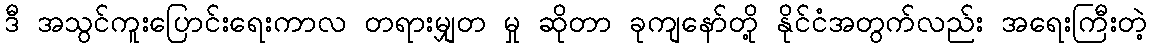
ဒီ အသွင်ကူးပြောင်းရေးကာလ တရားမျှတ မှု ဆိုတာ ခုကျနော်တို့ နိုင်ငံအတွက်လည်း အရေးကြီးတဲ့